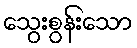
သွေးစွန်းသော